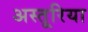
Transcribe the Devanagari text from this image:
अस्तूरिया